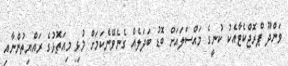
ވަންދޫ ޕްރޮޖްކެޓާއެކު ކުނީގެ މައްސަލައަށް ބޮޑު ބަދަލެއް ގެނެވޭނެކަމަށް މުޅި މިއަތޮޅުގެ ރައްޔިތުންނާއި